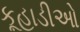
કૂહાડીઓ